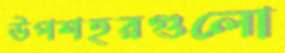
উপশহরগুলো